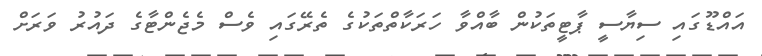
އައްޑޫގައި ސިޔާސީ ޕާޓީތަކުން ބާއްވާ ހަރަކާތްތަކުގެ ތެރޭގައި ވެސް މެޖެންޓާގެ ދައުރު ވަރަށް